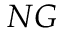
N G